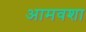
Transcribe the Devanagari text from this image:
आमवशा